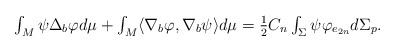
\begin{align*}\begin{array}{c}\int_{M}\psi \Delta _{b}\varphi d\mu +\int_{M}\langle \nabla _{b}\varphi,\nabla _{b}\psi \rangle d\mu =\frac{1}{2}C_{n}\int_{\Sigma }\psi \varphi_{e_{2n}}d\Sigma _{p}.\end{array}\end{align*}